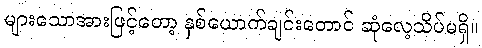
များသောအားဖြင့်တော့ နှစ်ယောက်ချင်းတောင် ဆုံလေ့သိပ်မရှိ။